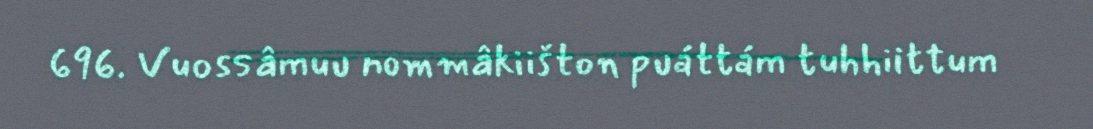
696. Vuossâmuu nommâkiišton puáttám tuhhiittum